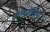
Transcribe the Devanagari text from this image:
अलेक्जेन्द्रिया